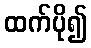
ထက်ပို၍